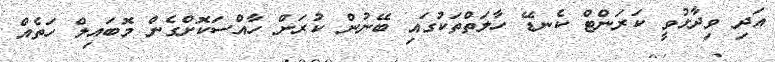
އަދި ވިދާޅުވީ ކަރަންޓް ކެނޑޭ ހާލަތްތަކުގައި ބޭނުން ކުރަން ހާއްސަކޮށްގެން މޮބައިލް ހަތެއް